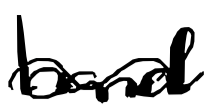
Text: band
Cross-out: wave
Writing tool: digital_black